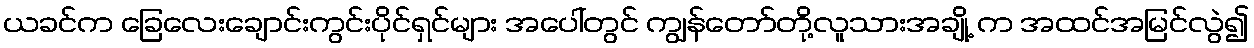
ယခင်က ခြေလေးချောင်းကွင်းပိုင်ရှင်များ အပေါ်တွင် ကျွန်တော်တို့လူသားအချို့ က အထင်အမြင်လွဲ၍